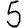
Digit: 5